Civil Veterinary Dept. Bombay admin report 1932-41 - 1932-1941
Year: 1932
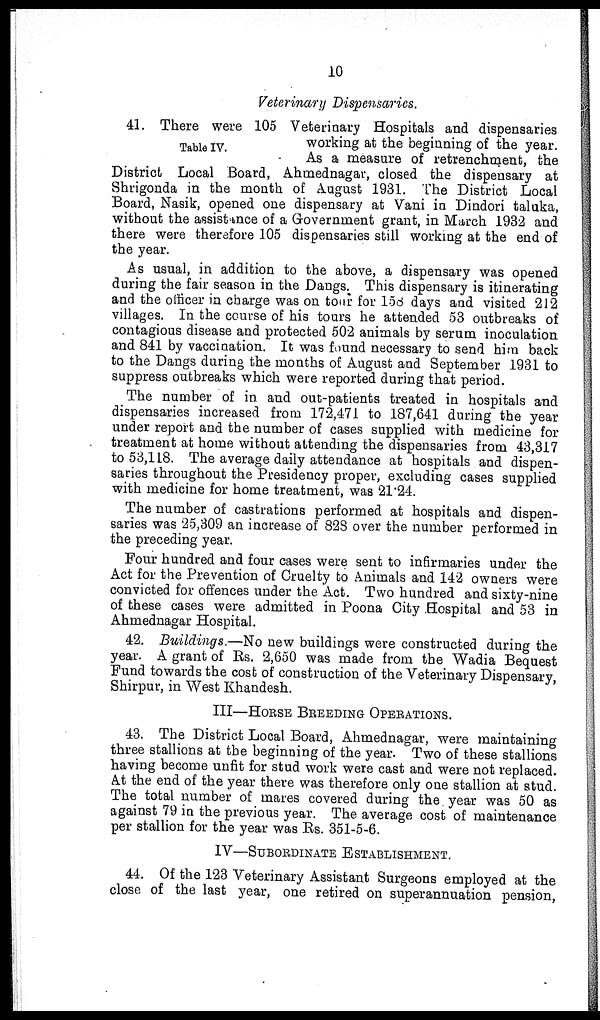
10
Veterinary Dispensaries.
Table IV.
41. There were 105 Veterinary Hospitals and dispensaries
working at the beginning of the year.
As a measure of retrenchment, the
District Local Board, Ahmednagar, closed the dispensary at
Shrigonda in the month of August 1931. The District Local
Board, Nasik, opened one dispensary at Vani in Dindori taluka,
without the assistance of a Government grant, in March 1932 and
there were therefore 105 dispensaries still working at the end of
the year.
As usual, in addition to the above, a dispensary was opened
during the fair season in the Dangs. This dispensary is itinerating
and the officer in charge was on tour for 158 days and visited 212
villages. In the course of his tours he attended 53 outbreaks of
contagious disease and protected 502 animals by serum inoculation
and 841 by vaccination. It was found necessary to send him back
to the Dangs during the months of August and September 1931 to
suppress outbreaks which were reported during that period.
The number of in and out-patients treated in hospitals and
dispensaries increased from 172,471 to 187,641 during the year
under report and the number of cases supplied with medicine for
treatment at home without attending the dispensaries from 43,317
to 53,118. The average daily attendance at hospitals and dispen-
saries throughout the Presidency proper, excluding cases supplied
with medicine for home treatment, was 21.24.
The number of castrations performed at hospitals and dispen-
saries was 25,309 an increase of 828 over the number performed in
the preceding year.
Four hundred and four cases were sent to infirmaries under the
Act for the Prevention of Cruelty to Animals and 142 owners were
convicted for offences under the Act. Two hundred and sixty-nine
of these cases were admitted in Poona City Hospital and 53 in
Ahmednagar Hospital.
42. Buildings.—No new buildings were constructed during the
year. A grant of Rs. 2,650 was made from the Wadia Bequest
Fund towards the cost of construction of the Veterinary Dispensary,
Shirpur, in West Khandesh.
III—HORSE BREEDING OPERATIONS.
43. The District Local Board, Ahmednagar, were maintaining
three stallions at the beginning of the year. Two of these stallions
having become unfit for stud work were cast and were not replaced.
At the end of the year there was therefore only one stallion at stud.
The total number of mares covered during the year was 50 as
against 79 in the previous year. The average cost of maintenance
per stallion for the year was Rs. 351-5-6.
IV—SUBORDINATE ESTABLISHMENT.
44. Of the 123 Veterinary Assistant Surgeons employed at the
close of the last year, one retired on superannuation pension,